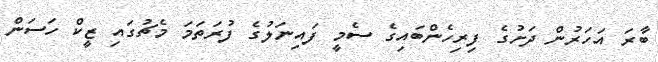
ބާރަ އަހަރުން ދަށުގެ ފިރިހެންބައިގެ ސެމީ ފައިނަލުގެ ފުރަތަމަ މެޗުގައި ޒީކް ހަސަން